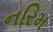
નરિમ